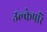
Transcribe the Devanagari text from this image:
उल्केपरि